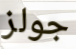
جولز